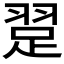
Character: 𬚃